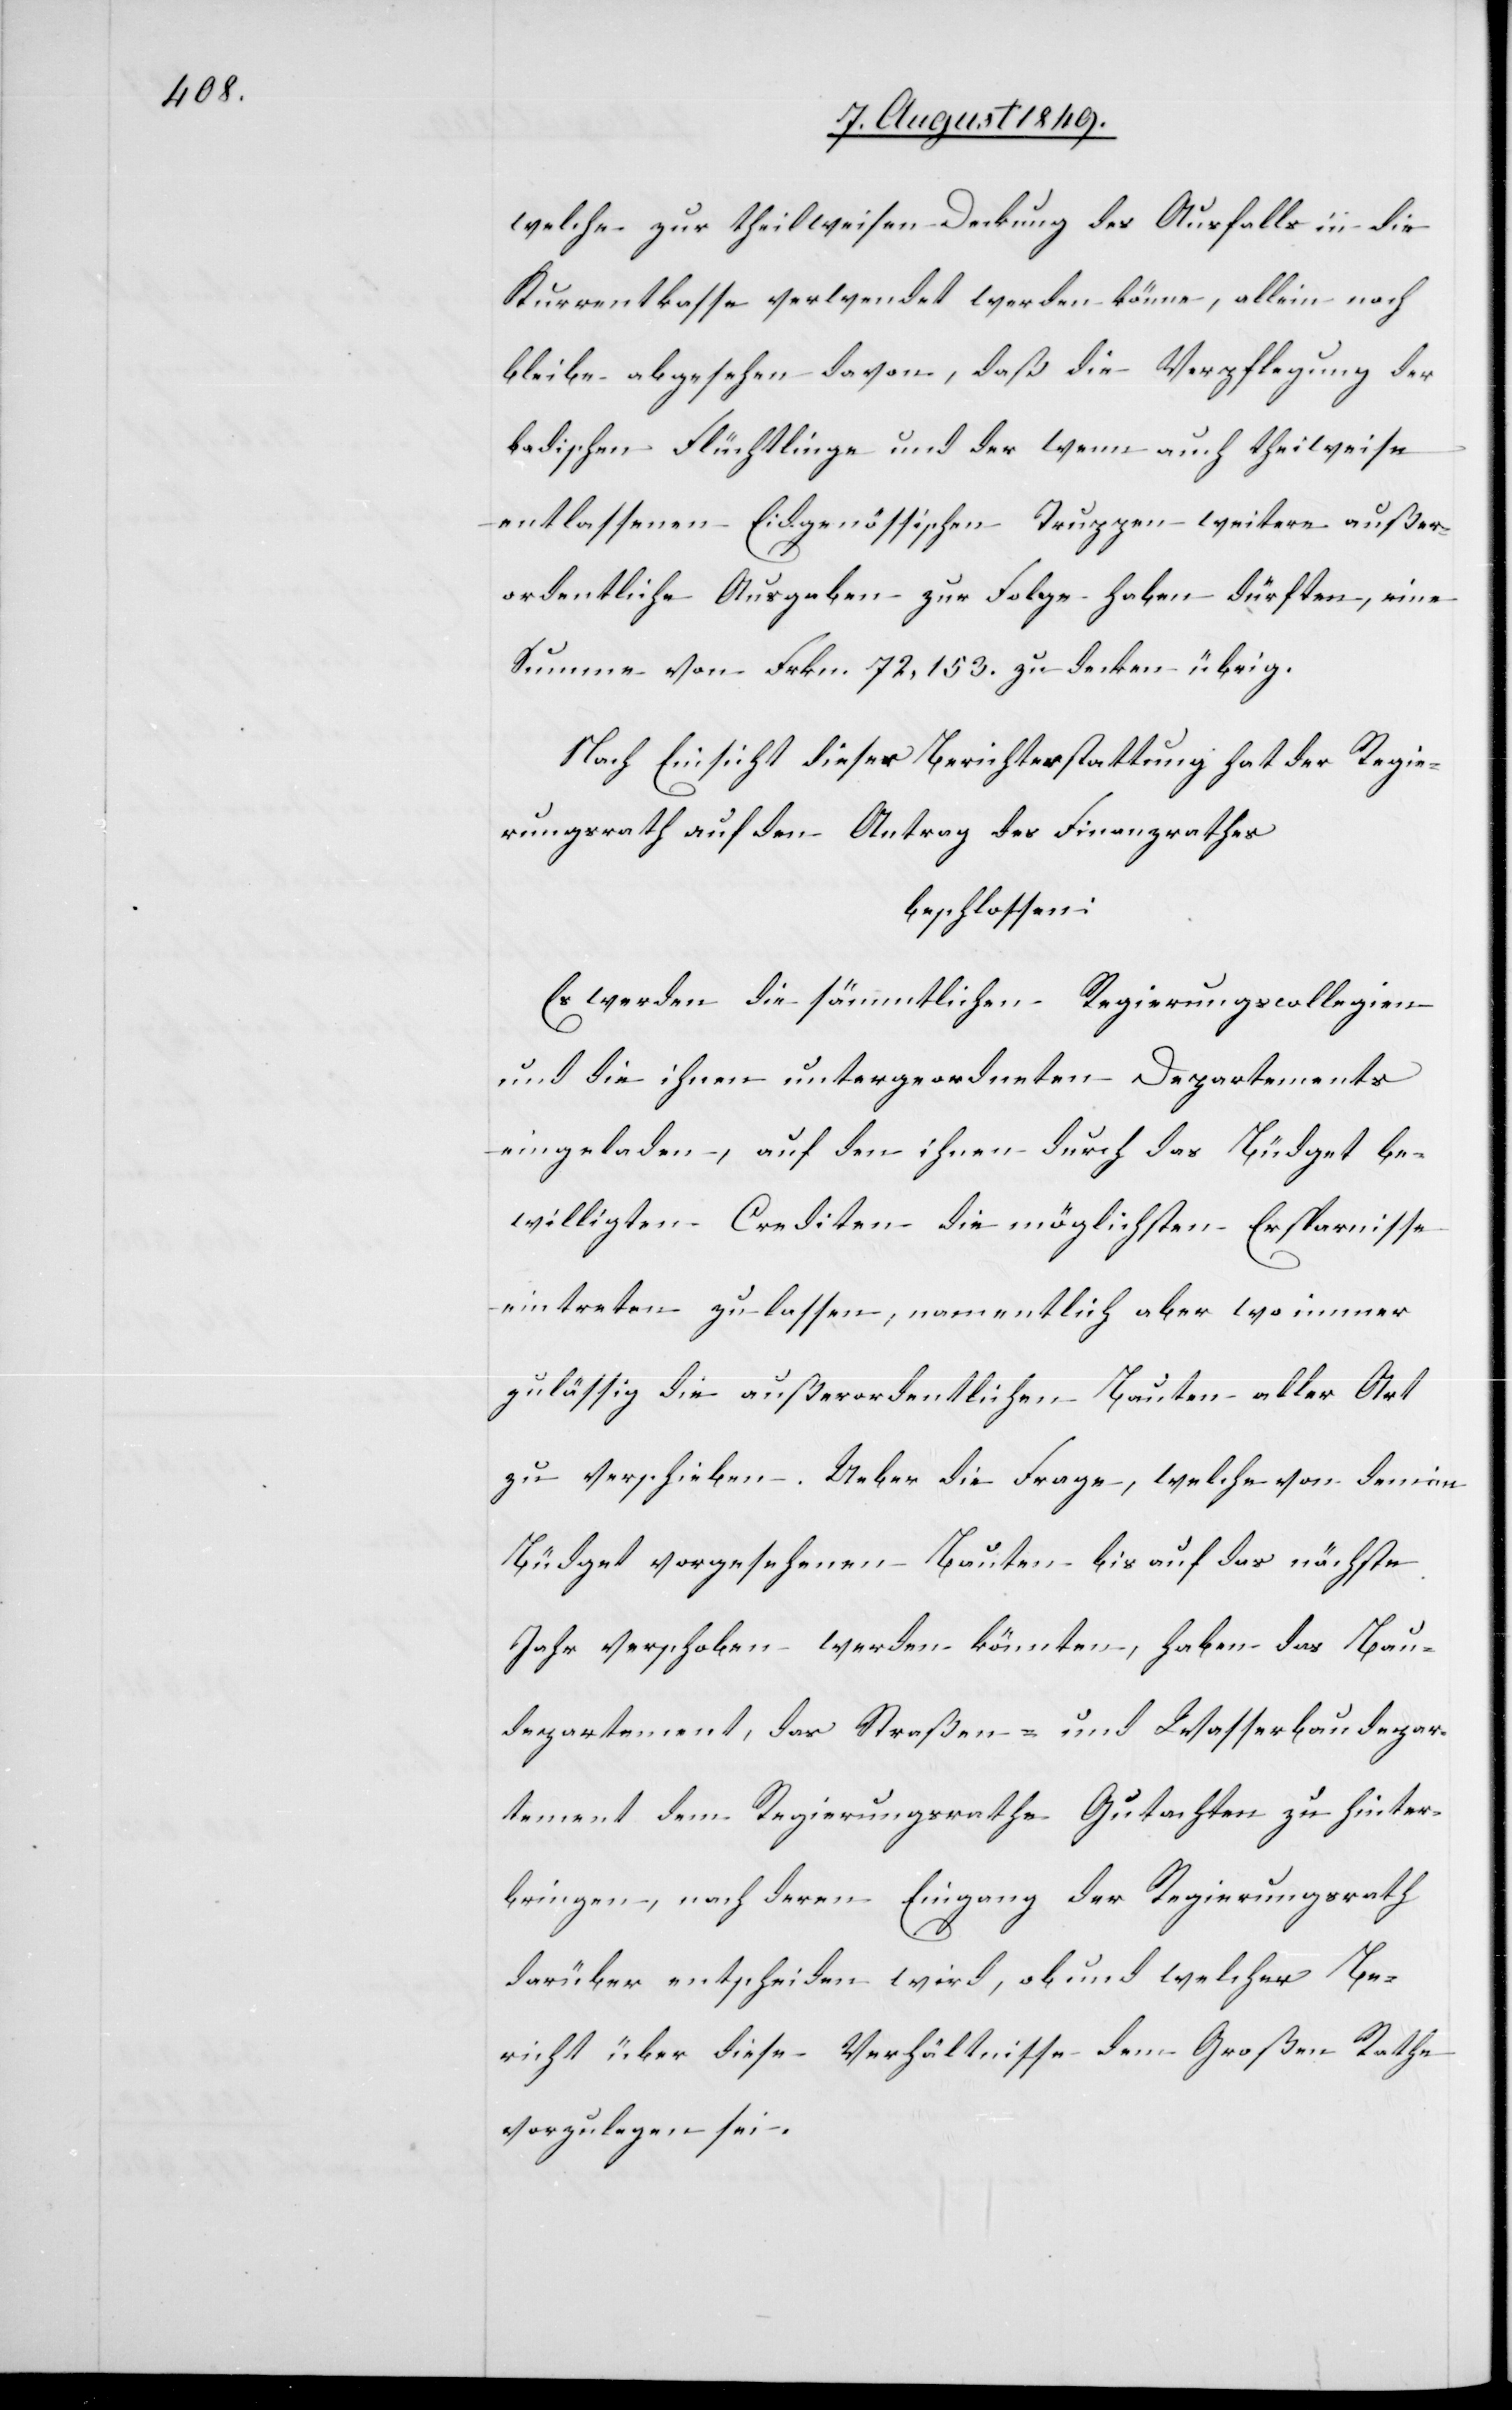
welche zur theilweisen Deckung des Ausfalls in die
Kurrentkasse verwendet werden könne, allein noch
bleibe abgesehen davon, daß die Verpflegung der
badischen Flüchtlinge und der wenn auch theilweise
entlassenen Eidgenössischen Truppen weitere außer¬
ordentliche Ausgaben zur Folge haben dürften, eine
Summe von Frkn. 72,153. zu decken übrig.
Nach Einsicht dieser Berichterstattung hat der Regie¬
rungsrath auf den Antrag des Finanzrathes
beschlossen:
Es werden die sämmtlichen Regierungscollegien
und die ihnen untergeordneten Departements
eingeladen, auf den ihnen durch das Büdget be¬
willigten Crediten die möglichsten Ersparnisse
eintreten zu lassen, namentlich aber wo immer
zulässig die außerordentlichen Bauten aller Art
zu verschieben. Ueber die Frage, welche von den
Büdget vorgesehenen Bauten bis auf das nächste
Jahr verschoben werden könnte, haben das Bau¬
departement, das Straßen- und Wasserbaudepar¬
tement dem Regierungsrathe Gutachtachten zu hinter¬
bringen, nach deren Eingang der Regierungsrath
darüber entscheiden wird, ob und welcher Be¬
richt über diese Verhältnisse dem Großen Rathe
vorzulegen sei.